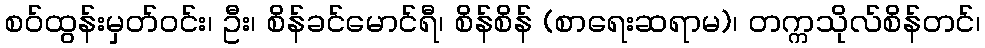
စဝ်ထွန်းမှတ်ဝင်း၊ ဦး၊ စိန်ခင်မောင်ရီ၊ စိန်စိန် (စာရေးဆရာမ)၊ တက္ကသိုလ်စိန်တင်၊